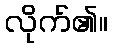
လိုက်၏။